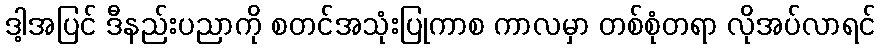
ဒါ့အပြင် ဒီနည်းပညာကို စတင်အသုံးပြုကာစ ကာလမှာ တစ်စုံတရာ လိုအပ်လာရင်